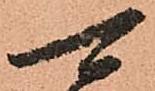
可